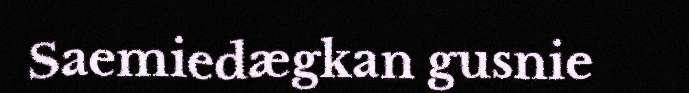
Saemiedægkan gusnie